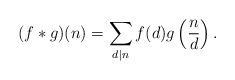
LaTeX: \begin{align*} (f * g)(n) = \sum_{d|n} f(d)g\left( \frac{n}{d} \right).\end{align*}